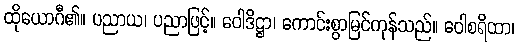
ထိုယောဂီ၏။ ပညာယ၊ ပညာဖြင့်။ ဝေါဒိဋ္ဌာ၊ ကောင်းစွာမြင်ကုန်သည်။ ဝေါစရိထာ၊